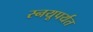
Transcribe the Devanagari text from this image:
स्नयूपर्यंत